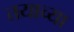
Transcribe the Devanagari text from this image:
तयाच्या